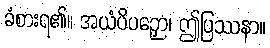
ခံစားရ၏။ အယံပိပဉှော၊ ဤပြဿနာ။